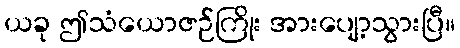
ယခု ဤသံယောဇဉ်ကြိုး အားပျော့သွားပြီ။